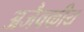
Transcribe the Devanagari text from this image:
अजैवकीय